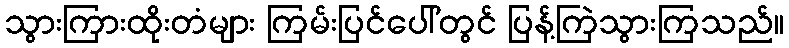
သွားကြားထိုးတံများ ကြမ်းပြင်ပေါ်တွင် ပြန့်ကြဲသွားကြသည်။